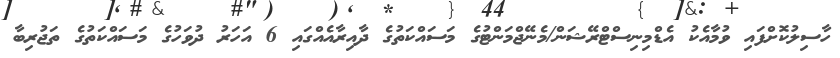
ހާސިލުކޮށްފައި ވުމާއެކު އެޑްމިނިސްޓްރޭޝަން/މެނޭޖްމަންޓުގެ މަސައްކަތުގެ ދާއިރާއެއްގައި 6 އަހަރު ދުވަހުގެ މަސައްކަތުގެ ތަޖުރިބާ